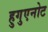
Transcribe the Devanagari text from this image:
हुगुएनोट